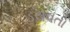
ડરાવતો